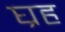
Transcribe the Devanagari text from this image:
घ्रह